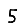
Digit: 5